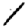
Digit: 1